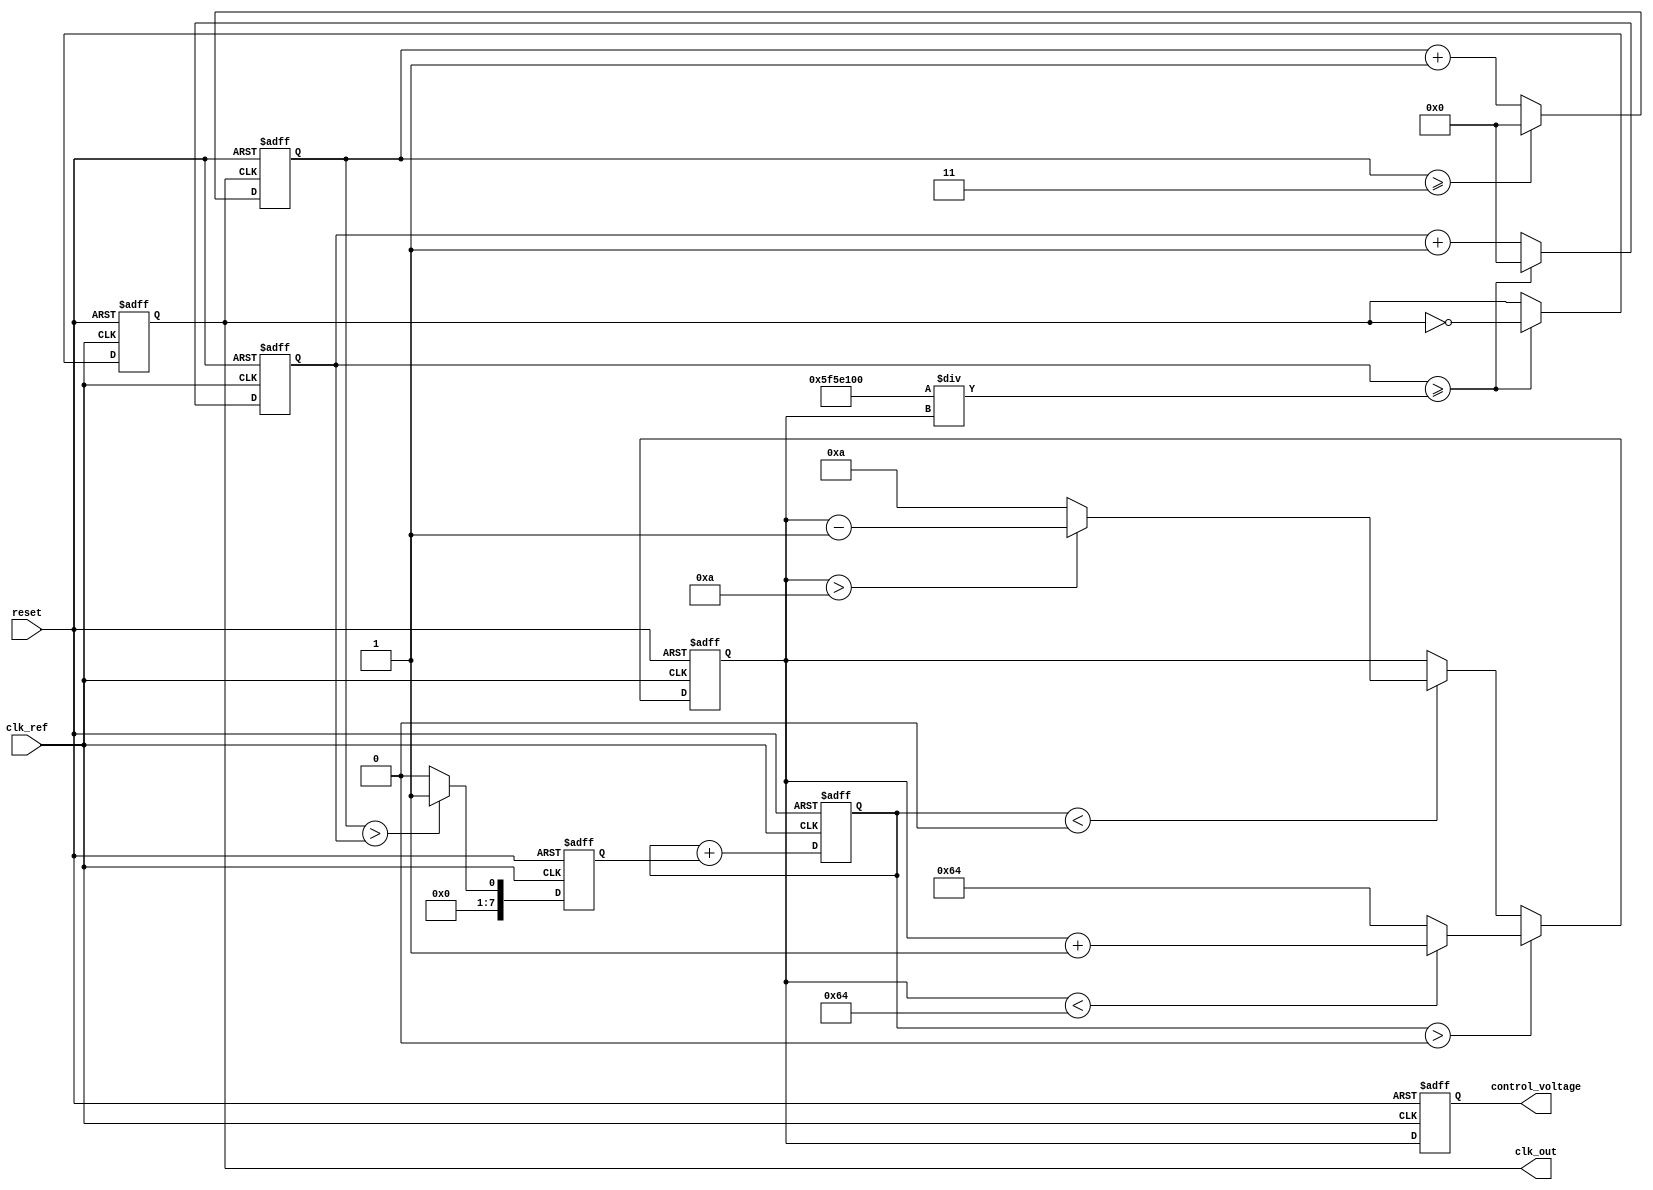
module fractional_PLL (
    input wire clk_ref,          // Reference clock input
    input wire reset,            // Reset signal
    output reg clk_out,          // Output clock
    output reg [7:0] control_voltage // Control voltage for VCO (simplified)
);

    // Parameters
    parameter FRACTIONAL_DIVIDER = 3; // Example fractional divider
    parameter VCO_MAX_FREQ = 100;      // Max frequency for VCO
    parameter VCO_MIN_FREQ = 10;       // Min frequency for VCO

    // Internal signals
    reg [7:0] phase_error;            // Phase error signal
    reg [7:0] filtered_error;         // Filtered error signal
    reg [7:0] vco_frequency;          // Current frequency of the VCO
    reg [31:0] counter;               // Counter for clock generation
    reg [31:0] feedback_counter;      // Counter for feedback clock

    // Phase Detector (PD)
    always @(posedge clk_ref or posedge reset) begin
        if (reset) begin
            phase_error <= 0;
        end else begin
            // Simple phase error detection (for illustration)
            phase_error <= (feedback_counter > counter) ? 1 : 0;
        end
    end

    // Loop Filter (LF) - Simple first-order filter
    always @(posedge clk_ref or posedge reset) begin
        if (reset) begin
            filtered_error <= 0;
        end else begin
            filtered_error <= filtered_error + phase_error; // Integrate error
        end
    end

    // Voltage-Controlled Oscillator (VCO)
    always @(posedge clk_ref or posedge reset) begin
        if (reset) begin
            vco_frequency <= VCO_MIN_FREQ;
            control_voltage <= 0;
        end else begin
            // Adjust VCO frequency based on filtered error
            if (filtered_error > 0) begin
                vco_frequency <= (vco_frequency < VCO_MAX_FREQ) ? vco_frequency + 1 : VCO_MAX_FREQ;
            end else if (filtered_error < 0) begin
                vco_frequency <= (vco_frequency > VCO_MIN_FREQ) ? vco_frequency - 1 : VCO_MIN_FREQ;
            end
            control_voltage <= vco_frequency; // Control voltage output
        end
    end

    // Generate output clock based on VCO frequency
    always @(posedge clk_ref or posedge reset) begin
        if (reset) begin
            counter <= 0;
            clk_out <= 0;
        end else begin
            // Simple clock generation logic based on VCO frequency
            if (counter >= (100000000 / vco_frequency)) begin // Assuming clk_ref is 100MHz
                clk_out <= ~clk_out;
                counter <= 0;
            end else begin
                counter <= counter + 1;
            end
        end
    end

    // Feedback path (Fractional Divider)
    always @(posedge clk_out or posedge reset) begin
        if (reset) begin
            feedback_counter <= 0;
        end else begin
            feedback_counter <= feedback_counter + 1;
            if (feedback_counter >= FRACTIONAL_DIVIDER) begin
                feedback_counter <= 0; // Reset feedback counter
            end
        end
    end

endmodule